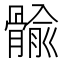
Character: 𲌐